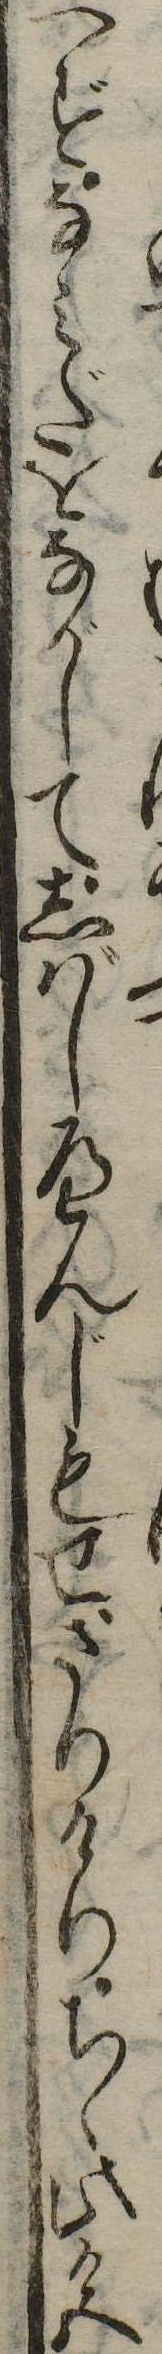
へずなみだをながしてしばしへんじもせざりけりちゝ此色